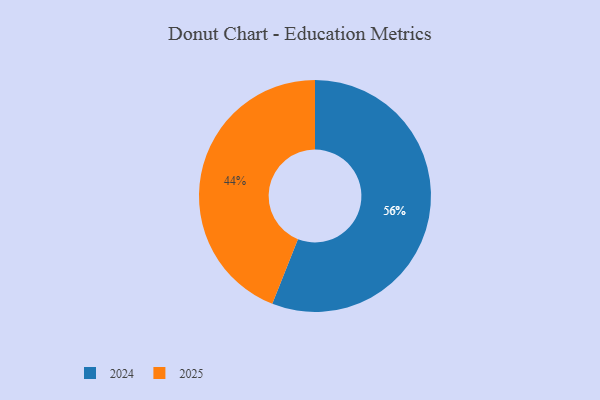
{"axis": {"x": "Category", "y": "Percentage"}, "legend": ["2024", "2025"], "data": [{"x": "2025", "y": 44, "type": "2025"}, {"x": "2024", "y": 56, "type": "2024"}]}